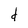
Character: d